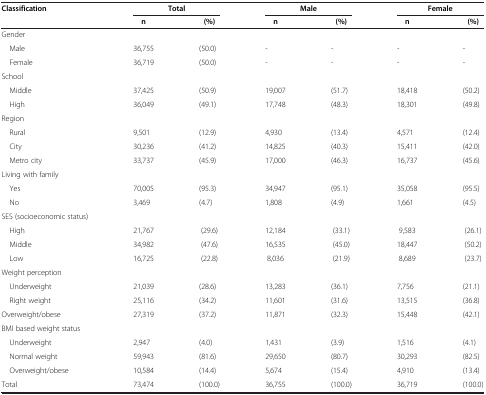
<table><thead><tr><td><b>Classification</b></td><td colspan="2"><b>Total</b></td><td colspan="2"><b>Male</b></td><td colspan="2"><b>Female</b></td></tr><tr><td><b> </b></td><td><b>n</b></td><td><b>(%)</b></td><td><b>n</b></td><td><b>(%)</b></td><td><b>n</b></td><td><b>(%)</b></td></tr></thead><tbody><tr><td>Gender</td><td> </td><td> </td><td> </td><td> </td><td> </td><td> </td></tr><tr><td> Male</td><td>36,755</td><td>(50.0)</td><td>-</td><td>-</td><td>-</td><td>-</td></tr><tr><td> Female</td><td>36,719</td><td>(50.0)</td><td>-</td><td>-</td><td>-</td><td>-</td></tr><tr><td>School</td><td> </td><td> </td><td> </td><td> </td><td> </td><td> </td></tr><tr><td> Middle</td><td>37,425</td><td>(50.9)</td><td>19,007</td><td>(51.7)</td><td>18,418</td><td>(50.2)</td></tr><tr><td> High</td><td>36,049</td><td>(49.1)</td><td>17,748</td><td>(48.3)</td><td>18,301</td><td>(49.8)</td></tr><tr><td>Region</td><td> </td><td> </td><td> </td><td> </td><td> </td><td> </td></tr><tr><td> Rural</td><td>9,501</td><td>(12.9)</td><td>4,930</td><td>(13.4)</td><td>4,571</td><td>(12.4)</td></tr><tr><td> City</td><td>30,236</td><td>(41.2)</td><td>14,825</td><td>(40.3)</td><td>15,411</td><td>(42.0)</td></tr><tr><td> Metro city</td><td>33,737</td><td>(45.9)</td><td>17,000</td><td>(46.3)</td><td>16,737</td><td>(45.6)</td></tr><tr><td>Living with family</td><td> </td><td> </td><td> </td><td> </td><td> </td><td> </td></tr><tr><td> Yes</td><td>70,005</td><td>(95.3)</td><td>34,947</td><td>(95.1)</td><td>35,058</td><td>(95.5)</td></tr><tr><td> No</td><td>3,469</td><td>(4.7)</td><td>1,808</td><td>(4.9)</td><td>1,661</td><td>(4.5)</td></tr><tr><td>SES (socioeconomic status)</td><td> </td><td> </td><td> </td><td> </td><td> </td><td> </td></tr><tr><td> High</td><td>21,767</td><td>(29.6)</td><td>12,184</td><td>(33.1)</td><td>9,583</td><td>(26.1)</td></tr><tr><td> Middle</td><td>34,982</td><td>(47.6)</td><td>16,535</td><td>(45.0)</td><td>18,447</td><td>(50.2)</td></tr><tr><td> Low</td><td>16,725</td><td>(22.8)</td><td>8,036</td><td>(21.9)</td><td>8,689</td><td>(23.7)</td></tr><tr><td>Weight perception</td><td> </td><td> </td><td> </td><td> </td><td> </td><td> </td></tr><tr><td> Underweight</td><td>21,039</td><td>(28.6)</td><td>13,283</td><td>(36.1)</td><td>7,756</td><td>(21.1)</td></tr><tr><td> Right weight</td><td>25,116</td><td>(34.2)</td><td>11,601</td><td>(31.6)</td><td>13,515</td><td>(36.8)</td></tr><tr><td>Overweight/obese</td><td>27,319</td><td>(37.2)</td><td>11,871</td><td>(32.3)</td><td>15,448</td><td>(42.1)</td></tr><tr><td>BMI based weight status</td><td> </td><td> </td><td> </td><td> </td><td> </td><td> </td></tr><tr><td> Underweight</td><td>2,947</td><td>(4.0)</td><td>1,431</td><td>(3.9)</td><td>1,516</td><td>(4.1)</td></tr><tr><td> Normal weight</td><td>59,943</td><td>(81.6)</td><td>29,650</td><td>(80.7)</td><td>30,293</td><td>(82.5)</td></tr><tr><td> Overweight/obese</td><td>10,584</td><td>(14.4)</td><td>5,674</td><td>(15.4)</td><td>4,910</td><td>(13.4)</td></tr><tr><td>Total</td><td>73,474</td><td>(100.0)</td><td>36,755</td><td>(100.0)</td><td>36,719</td><td>(100.0)</td></tr></tbody></table>